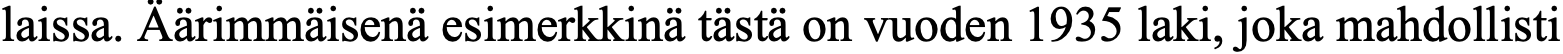
laissa. Äärimmäisenä esimerkkinä tästä on vuoden 1935 laki, joka mahdollisti